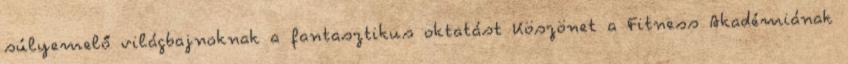
súlyemelő világbajnoknak a fantasztikus oktatást Köszönet a Fitness Akadémiának